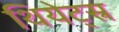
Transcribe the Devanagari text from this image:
थियेट्स्र